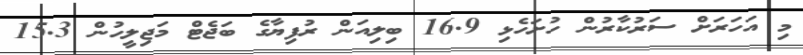
މި އަހަރަށް ސަރުކާރުން ހުށަހެޅި 16.9 ބިލިއަން ރުފިޔާގެ ބަޖެޓް މަޖިލީހުން 15.3